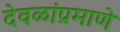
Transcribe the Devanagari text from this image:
देवळांप्रमाणे